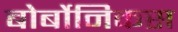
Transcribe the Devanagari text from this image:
बोर्बोनिकस